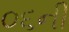
૦૬ની